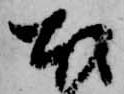
本